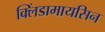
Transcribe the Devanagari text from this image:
क्लिंडामायसिन